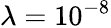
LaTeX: \lambda={{10}^{-8}}